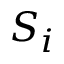
S _ { i }